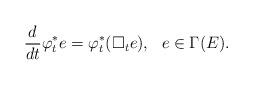
LaTeX: \begin{align*}\frac{d}{dt}\varphi_t^\ast e=\varphi_t^\ast(\square_t e),\ \ e\in\Gamma(E).\end{align*}